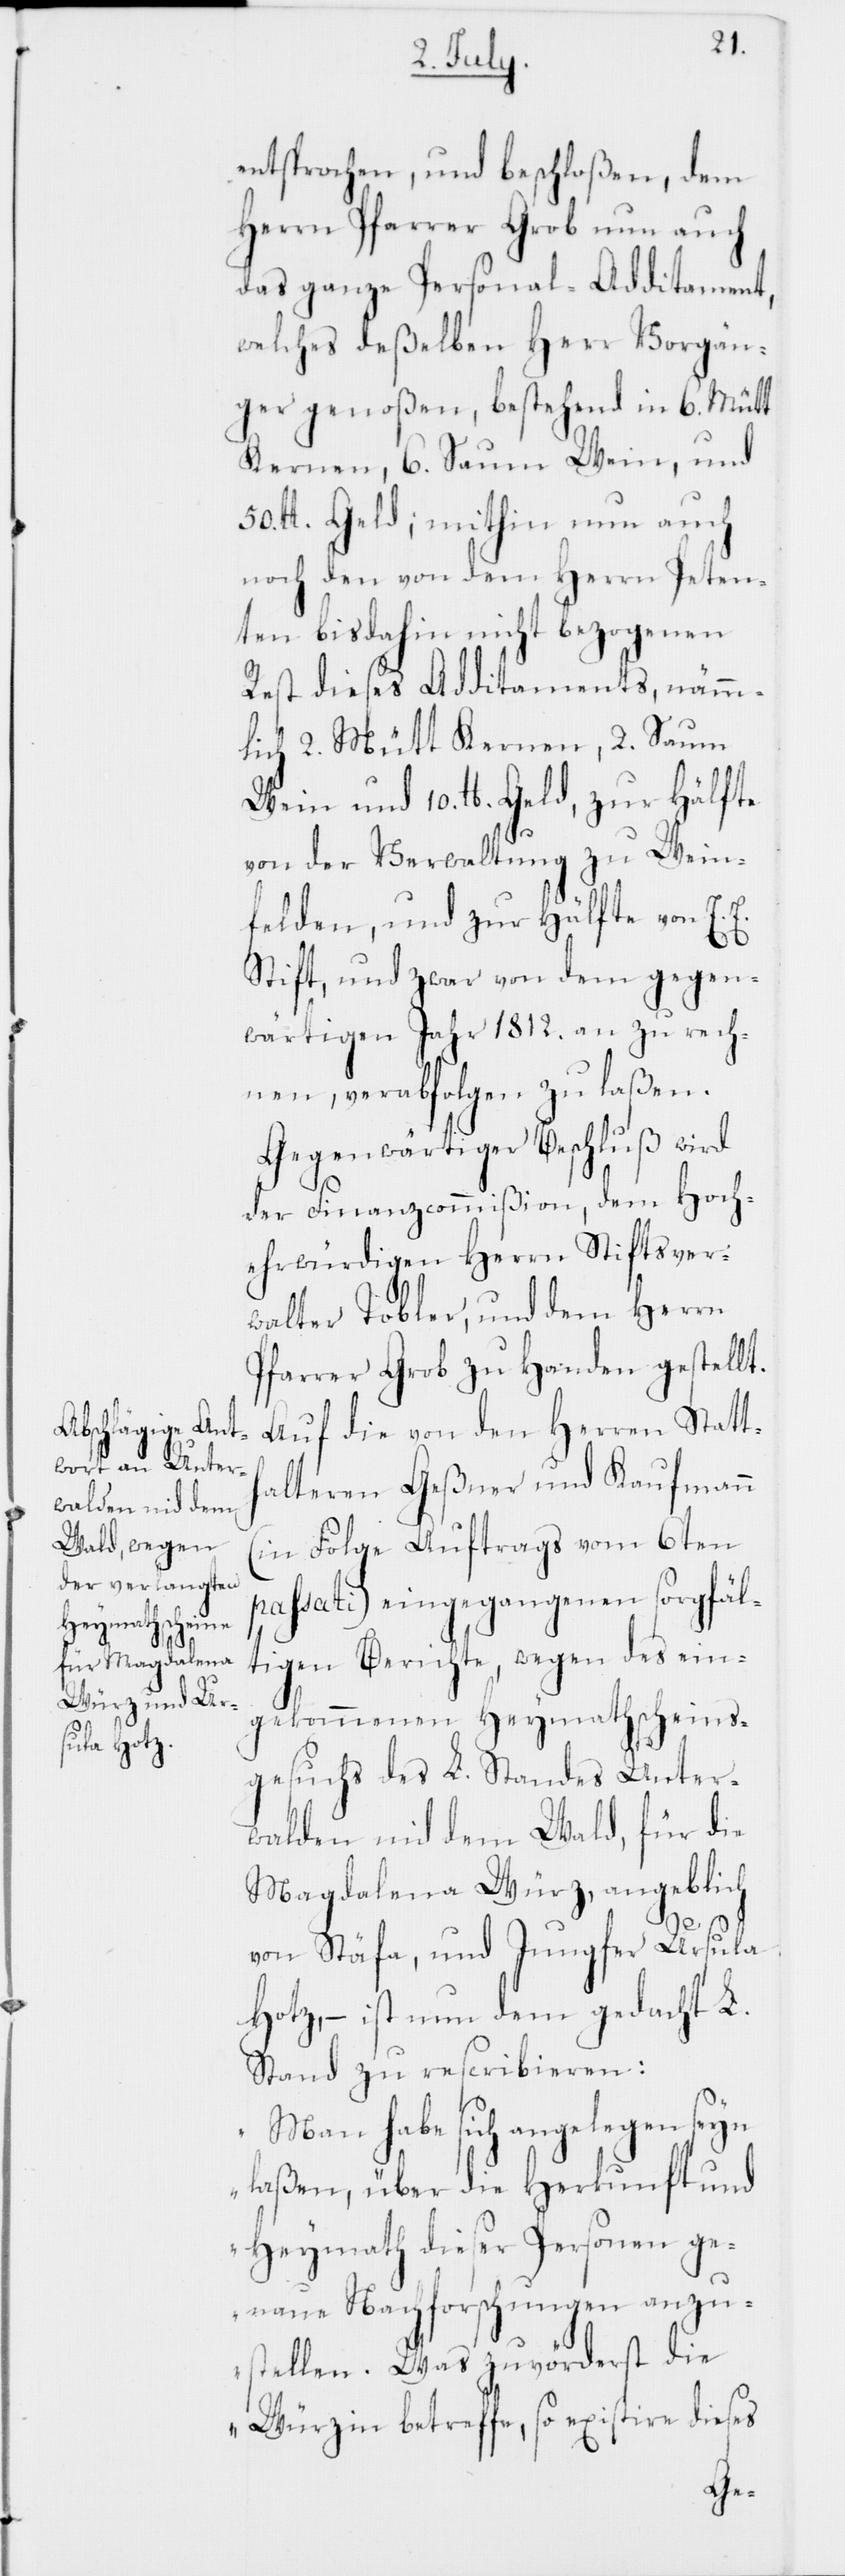
entsprochen, und beschloßen, dem
Herrn Pfarrer Grob nun auch
das ganze Personal-Additament,
welches deßelben Herr Vorgän¬
ger genoßen, bestehend in 6. Mütt
Kernen, 6. Saum Wein, und
50. lb. Geld; mithin nun auch
noch den von dem Herrn Peten¬
ten bis dahin nicht bezogenen
Rest dieses Additaments, nämm¬
lich 2. Mütt Kernen, 2. Saum
Wein und 10. lb. Geld, zur Hälfte
von der Verwaltung zu Wein¬
felden und zur Hälfte von E. E.
Stift, und zwar von dem gegen¬
wärtigen Jahr 1812. an zu rech¬
nen, verabfolgen zu laßen.
Gegenwärtiger Beschluß wird
der Finanzcommißion, dem Hoch¬
ehrwürdigen Herrn Stiftsver¬
walter Tobler, und dem Herrn
Pfarrer Grob zu Handen gestellt.
Auf die von den Herren Statt¬
halteren Geßner und Kaufmann
(in Folge Auftrags vom 6ten
passati) eingegangenen sorgfält¬
igen Berichte, wegen des ein¬
gekommenen Heymathscheins¬
gesuchs des L. Standes Unter¬
walden nid dem Wald, für die
Magdalena Würz, angeblich
von Stäfa, und Jungfer Ursula
Hotz, – ist nun dem gedacht L.
Stand zu rescribieren:
„Man habe sich angelegen seyn
laßen, über die Herkunft und
Heymath dieser Personen ge¬
naue Nachforschungen anzu¬
stellen. Was zuvörderst die
Würzin betreffe, so existire dieses